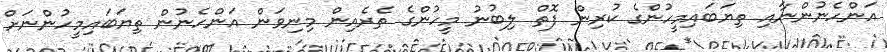
އަންހެނުންނާއި ތިޔަބައިމީހުންގެ ކުރިން ފޮތް ލިބުނު މީހުންގެ ތެރެއިން މިނިވަން އަންހެނުން ތިޔަބައިމީހުންނަށް